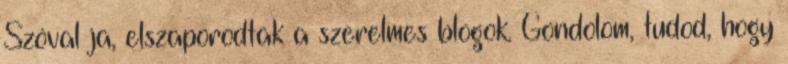
Szóval ja, elszaporodtak a szerelmes blogok. Gondolom, tudod, hogy